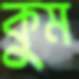
কুম